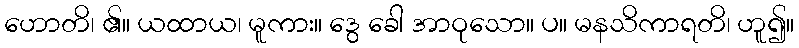
ဟောတိ၊ ၏။ ယထာယ၊ မူကား။ ဒွေ ခေါ အာဝုသော။ ပ။ မနသိကာရတိ၊ ဟူ၍။